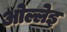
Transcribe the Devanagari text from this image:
ओल्लेइ